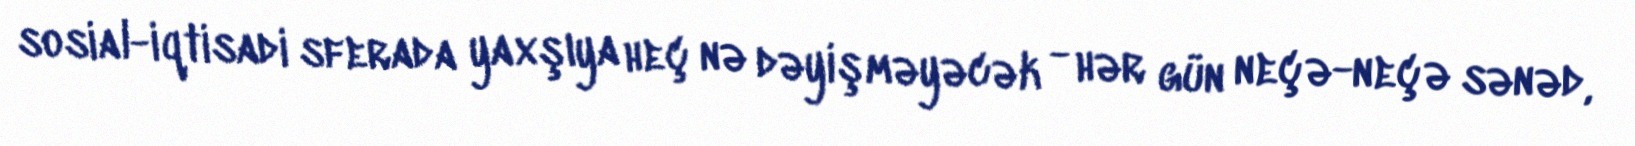
sosial-iqtisadi sferada yaxşıya heç nə dəyişməyəcək - hər gün neçə-neçə sənəd,